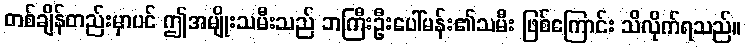
တစ်ချိန်တည်းမှာပင် ဤအမျိုးသမီးသည် ဘကြီးဦးပေါ်မန်း၏သမီး ဖြစ်ကြောင်း သိလိုက်ရသည်။